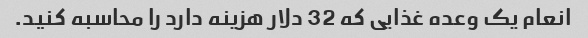
انعام یک وعده غذایی که 32 دلار هزینه دارد را محاسبه کنید.